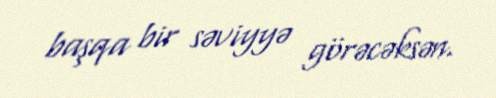
başqa bir səviyyə görəcəksən.